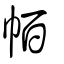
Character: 帞